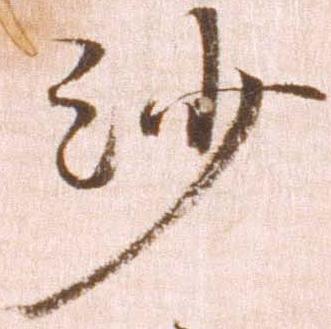
沙